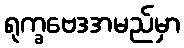
ရုက္ခဗေဒအမည်မှာ